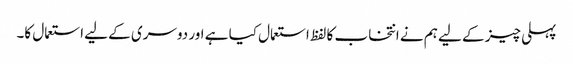
پہلی چیز کے لیے ہم نے انتخاب کا لفظ استعمال کیا ہے اور دوسری کے لیے استعمال کا۔